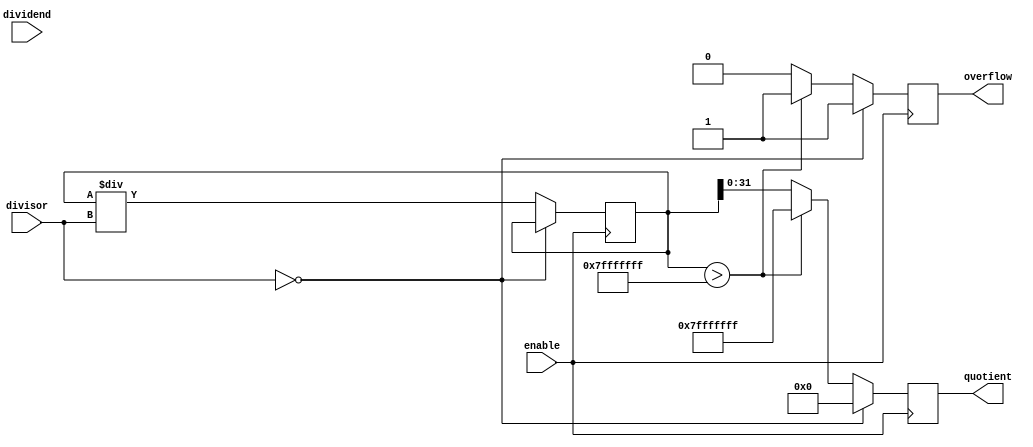
module fixed_point_divider (
    input [31:0] dividend,
    input [31:0] divisor,
    input enable,
    output reg [31:0] quotient,
    output reg overflow
);

reg [63:0] temp_result;
reg [31:0] remainder;

always @ (posedge enable) begin
    if (divisor == 0) begin
        quotient <= 32'h0;
        overflow <= 1;
    end else begin
        temp_result <= {dividend, {30{1'b0}}}; // Left shift dividend by 30 bits
        temp_result <= temp_result / divisor; // Perform division
        
        if (temp_result > 32'h7FFFFFFF) begin // Check for overflow condition
            quotient <= 32'h7FFFFFFF;
            overflow <= 1;
        end else begin
            quotient <= temp_result[31:0];
            overflow <= 0;
        end
    end
end

endmodule